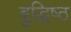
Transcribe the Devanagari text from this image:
बुद्धिष्‍ठ